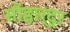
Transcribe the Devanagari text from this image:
सौहार्द्र